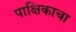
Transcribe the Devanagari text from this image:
पाक्षिकाचा